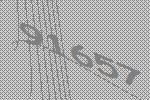
91657